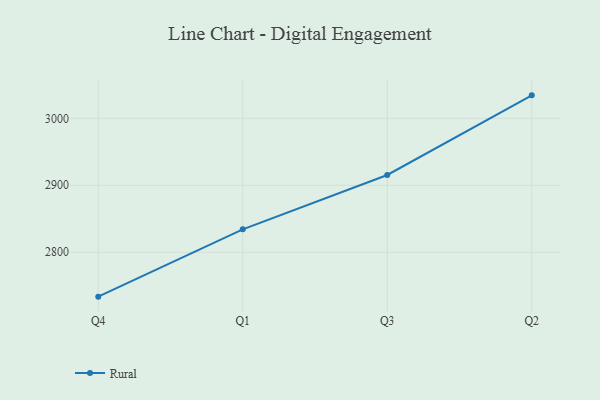
{"axis": {"x": "Quarter", "y": "LTV (USD)"}, "legend": ["Rural"], "data": [{"x": "Q4", "y": 2733.7, "type": "Rural"}, {"x": "Q1", "y": 2834.2, "type": "Rural"}, {"x": "Q3", "y": 2915.4, "type": "Rural"}, {"x": "Q2", "y": 3034.3, "type": "Rural"}]}